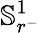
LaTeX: \mathbb{S}_{r^{-}}^{1}